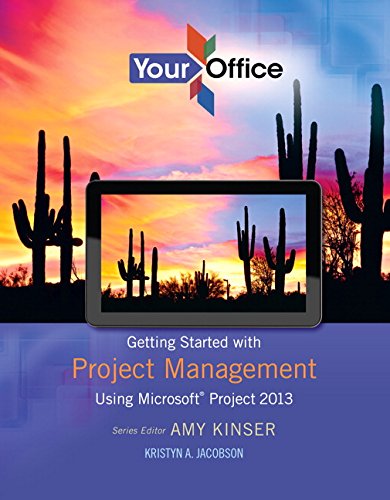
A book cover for Your Office: Getting Started with Project Management (Your Office for Office 2013); Amy S. Kinser; Computers & Technology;